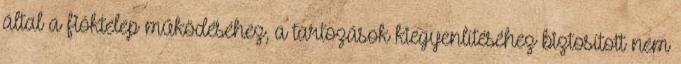
által a fióktelep működéséhez, a tartozások kiegyenlítéséhez biztosított nem